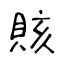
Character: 賅